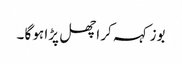
بوز کہہ کر اچھل پڑا ہو گا ۔